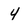
Character: 4